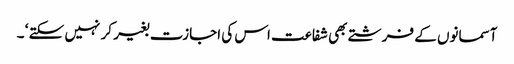
آسمانوں کے فرشتے بھی شفاعت اس کی اجازت بغیر کر نہیں سکتے ‘ ۔